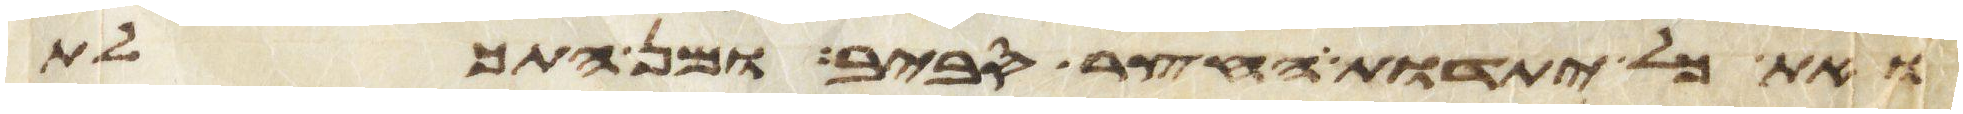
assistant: ואת כל יתדות החצר סביב ומן התכלת